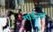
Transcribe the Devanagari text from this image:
माईन्यूट